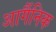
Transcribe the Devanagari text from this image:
आर्गैनिक